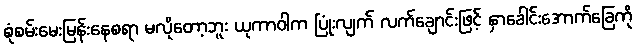
စုံစမ်းမေးမြန်းနေစရာ မလိုတော့ဘူး ယုကာဝါက ပြုံးလျက် လက်ချောင်းဖြင့် နှာခေါင်းအောက်ခြေကို